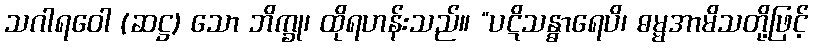
သဂါရဝေါ (ဆဋ္ဌ) သော ဘိက္ခု၊ ထိုရဟန်းသည်။ “ပဋိသန္ဓာရေပိ၊ ဓမ္မအာမိသတို့ဖြင့်